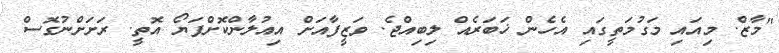
"މާޒް. މިއައި މަގުމަތީގައި އެހެން ޚަބަރެއް ލިބިއްޖެ. ވަޒީފާއަށް އިއުލާންކޮށްފަޔޯ އޮތީ. ރަށަށްނުގޮސް